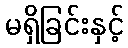
မရှိခြင်းနှင့်